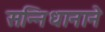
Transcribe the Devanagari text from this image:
सन्निधानाने